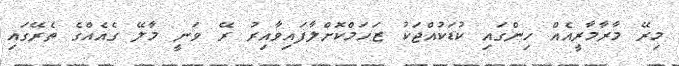
މިރޭ މާރާމާރީއެއް ހިންގައި ކުޑަކުއްޖަކު ޒަހަމްކޮށްލާފައިވާއިރު ރޭ ވަނީ މާލޭ ގެއެއްގެ ތެރޭގައި